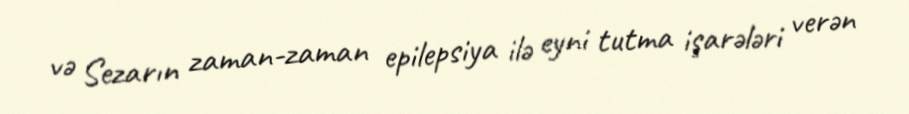
və Sezarın zaman-zaman epilepsiya ilə eyni tutma işarələri verən